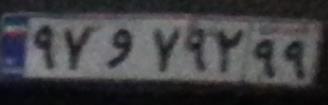
۹۷و۷۹۲۹۹